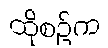
ထိုစဉ်က